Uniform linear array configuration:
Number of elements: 12
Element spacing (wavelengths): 0.5
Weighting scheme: kaiser
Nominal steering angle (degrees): -15
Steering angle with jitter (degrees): -13.32
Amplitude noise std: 0.05
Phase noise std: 0.05

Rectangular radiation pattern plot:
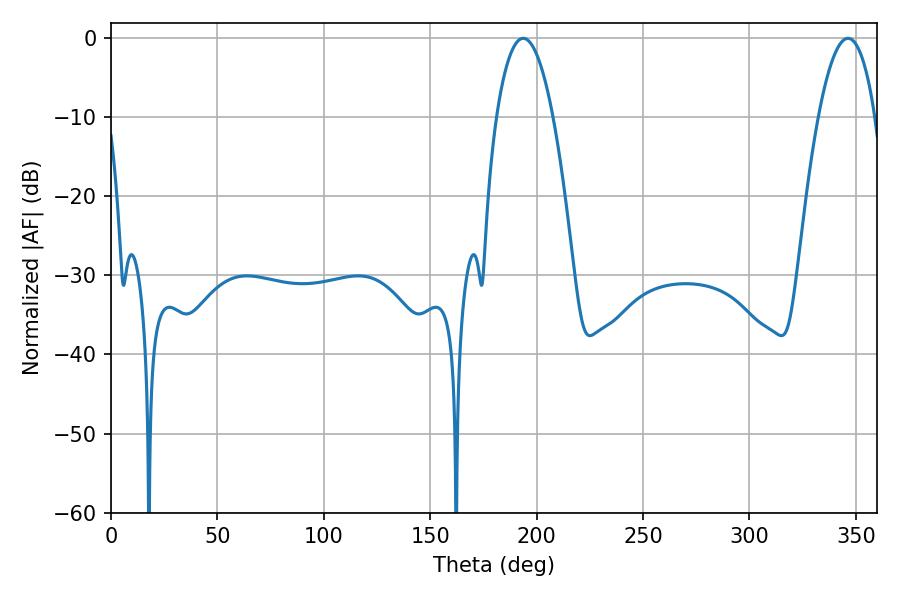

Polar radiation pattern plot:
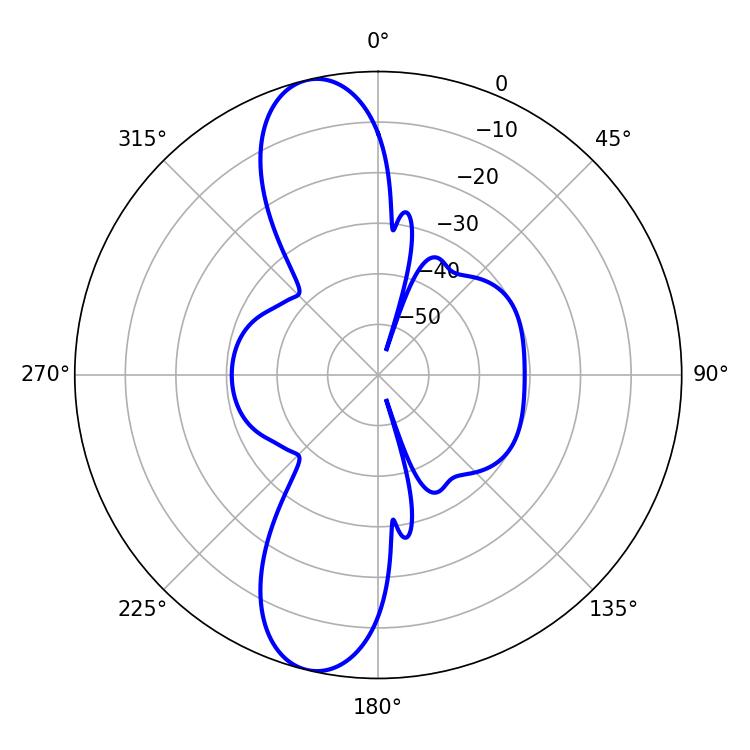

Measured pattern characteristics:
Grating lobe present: FALSE
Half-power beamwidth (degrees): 14.76
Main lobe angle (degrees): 193.68